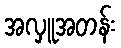
အလှူအတန်း